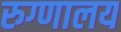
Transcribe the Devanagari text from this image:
रुग्‍णालय